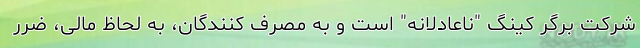
شرکت برگر کینگ "ناعادلانه" است و به مصرف کنندگان، به لحاظ مالی، ضرر